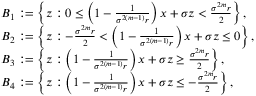
\begin{array} { r l } & { B _ { 1 } : = \left\lbrace z : 0 \leq \left( 1 - \frac { 1 } { \sigma ^ { 2 ( m - 1 ) } r } \right) x + \sigma z < \frac { \sigma ^ { 2 m } r } { 2 } \right\rbrace , } \\ & { B _ { 2 } : = \left\lbrace z : - \frac { \sigma ^ { 2 m } r } { 2 } < \left( 1 - \frac { 1 } { \sigma ^ { 2 ( m - 1 ) } r } \right) x + \sigma z \leq 0 \right\rbrace , } \\ & { B _ { 3 } : = \left\lbrace z : \left( 1 - \frac { 1 } { \sigma ^ { 2 ( m - 1 ) } r } \right) x + \sigma z \geq \frac { \sigma ^ { 2 m } r } { 2 } \right\rbrace , } \\ & { B _ { 4 } : = \left\lbrace z : \left( 1 - \frac { 1 } { \sigma ^ { 2 ( m - 1 ) } r } \right) x + \sigma z \leq - \frac { \sigma ^ { 2 m } r } { 2 } \right\rbrace , } \end{array}